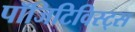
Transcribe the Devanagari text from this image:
पॉजिटिविस्ट्स